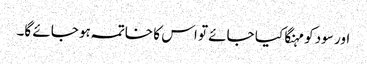
اور سود کو مہنگا کیا جائے تو اس کا خاتمہ ہو جائے گا۔